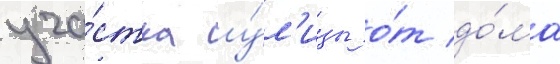
уча́стка у́л'ицы о́т до́ма